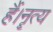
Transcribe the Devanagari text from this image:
हैं।नॄत्य